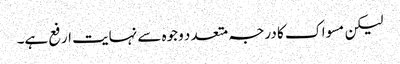
لیکن مسواک کا درجہ متعد د وجوہ سے نہایت ارفع ہے۔